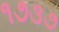
૧૭૩૭